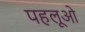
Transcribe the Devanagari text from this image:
पहलूओ